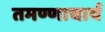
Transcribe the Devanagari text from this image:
तमण्णाचार्य